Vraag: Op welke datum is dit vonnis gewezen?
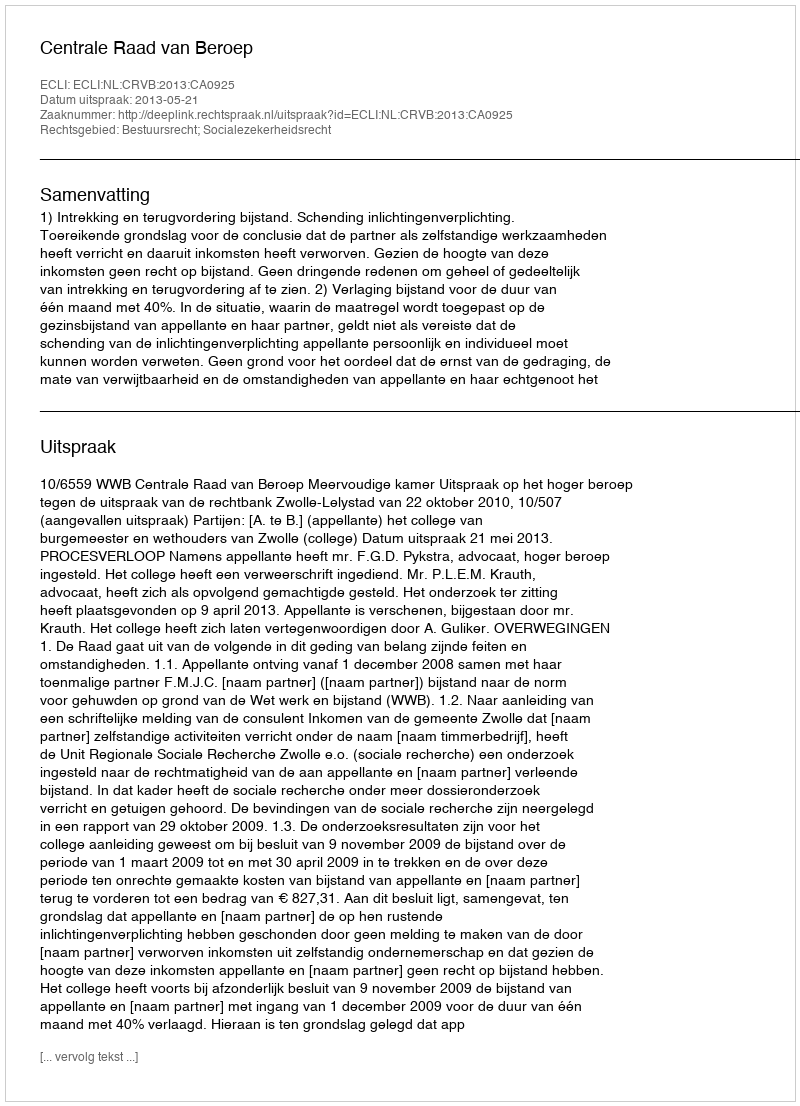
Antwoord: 2013-05-21